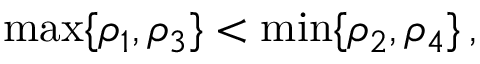
\begin{array} { r } { \operatorname* { m a x } \{ \rho _ { 1 } , \rho _ { 3 } \} < \operatorname* { m i n } \{ \rho _ { 2 } , \rho _ { 4 } \} \, , } \end{array}